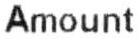
AMOUNT